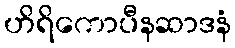
ဟိရိကောပီနဆာဒနံ